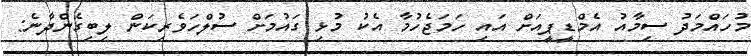
މުހައްމަދު ސިމާއު އެމްޑީޕީއަށް އައި ހަމަޖެހުމާ އެކު މުޅި ގައުމަށް ސުލްހަވެރިކަން ލިބިގެންދާނެ: